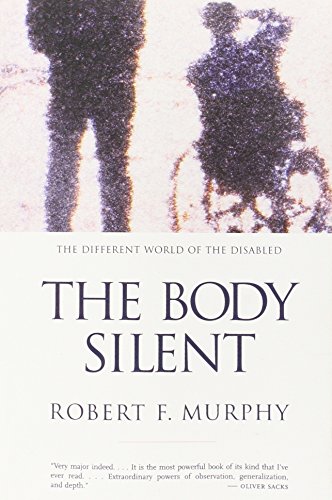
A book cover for The Body Silent: The Different World of the Disabled; Robert F. Murphy; Biographies & Memoirs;